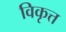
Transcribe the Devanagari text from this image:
विकृत्त